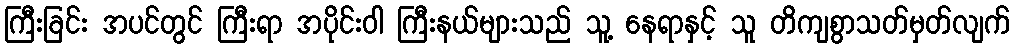
ကြီးခြင်း အပင်တွင် ကြီးရာ အပိုင်းဝါ ကြီးနယ်များသည် သူ့ နေရာနှင့် သူ တိကျစွာသတ်မှတ်လျက်